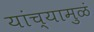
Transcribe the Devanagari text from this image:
यांच्यामुळं